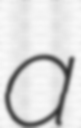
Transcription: a